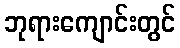
ဘုရားကျောင်းတွင်